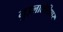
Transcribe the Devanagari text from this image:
गुइलालेथिएर